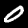
Label: 0